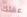
عقلك